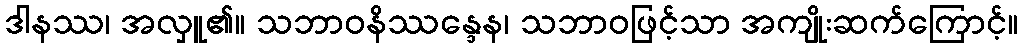
ဒါနဿ၊ အလှူ၏။ သဘာဝနိဿန္ဒေန၊ သဘာဝဖြင့်သာ အကျိုးဆက်ကြောင့်။